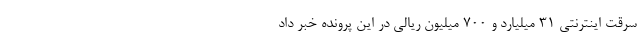
سرقت اینترنتی ۳۱ میلیارد و ۷۰۰ میلیون ریالی در این پرونده خبر داد